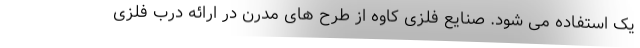
یک استفاده می شود. صنایع فلزی کاوه از طرح های مدرن در ارائه درب فلزی